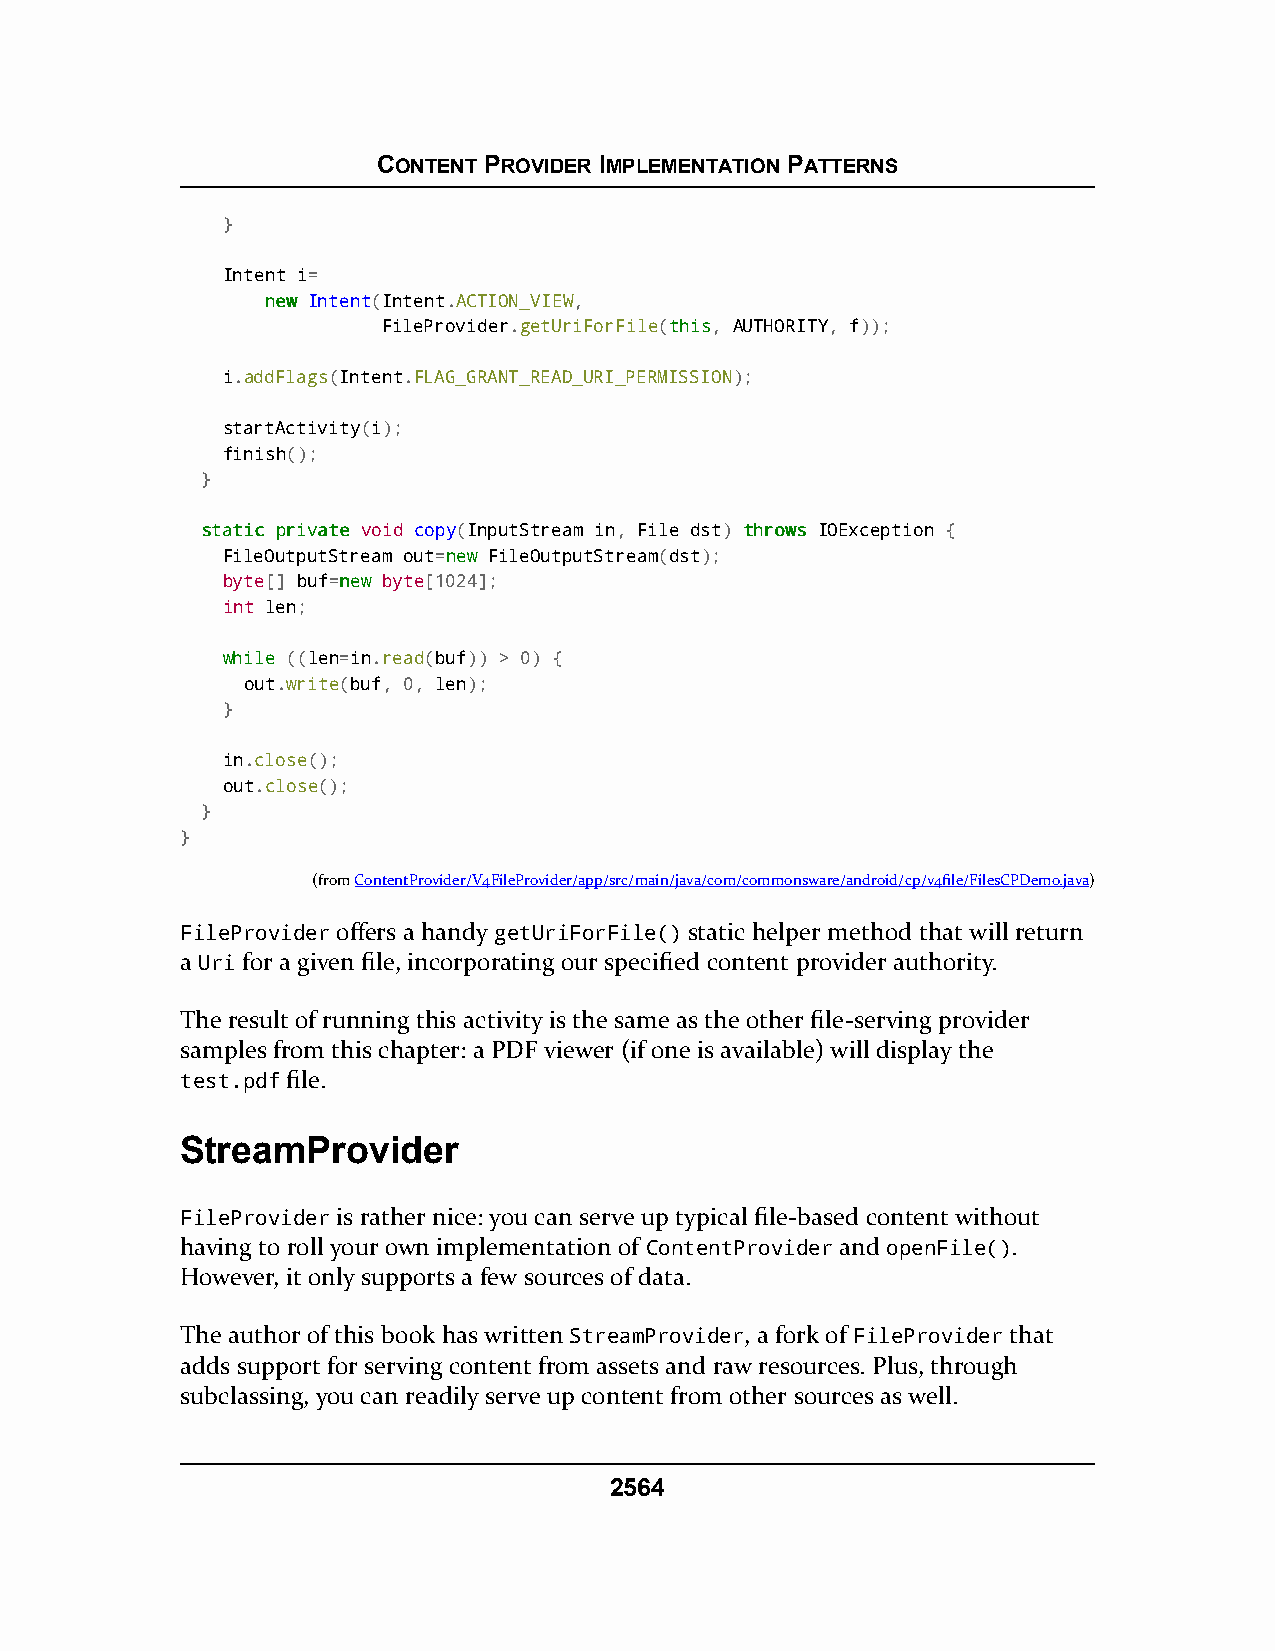
CONTENT PROVIDER IMPLEMENTATION PATTERNS
 }
 Intent i=
 nneeww Intent(Intent.ACTION_VIEW,
 FileProvider.getUriForFile(tthhiiss, AUTHORITY, f));
 i.addFlags(Intent.FLAG_GRANT_READ_URI_PERMISSION);
 startActivity(i);
 finish();
 }
 ssttaattiicc pprriivvaattee void copy(InputStream in, File dst) tthhrroowwss IOException {
 FileOutputStream out=nneeww FileOutputStream(dst);
 byte[] buf=nneeww byte[1024];
 int len;
 wwhhiillee ((len=in.read(buf)) > 0) {
 out.write(buf, 0, len);
 }
 in.close();
 out.close();
 }
 }
 (fromContentProvider/V4FileProvider/app/src/main/java/com/commonsware/android/cp/v4file/FilesCPDemo.java)
 FileProvider offers a handy getUriForFile() static helper method that will return
 a Uri for a given file, incorporating our specified content provider authority.
 The result of running this activity is the same as the other file-serving provider
 samples from this chapter: a PDF viewer (if one is available) will display the
 test.pdf file.
 StreamProvider
 FileProvider is rather nice: you can serve up typical file-based content without
 having to roll your own implementation of ContentProvider and openFile().
 However, it only supports a few sources of data.
 The author of this book has written StreamProvider, a fork of FileProvider that
 adds support for serving content from assets and raw resources. Plus, through
 subclassing, you can readily serve up content from other sources as well.
 2564